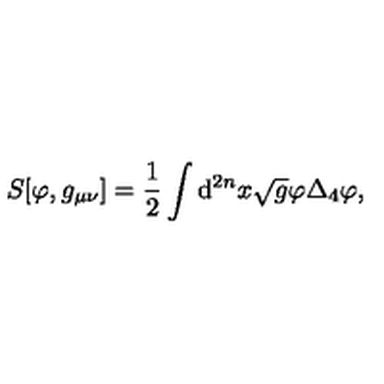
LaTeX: S [ \varphi , g _ { \mu \nu } ] = \frac { 1 } { 2 } \int \mathrm { d } ^ { 2 n } x \sqrt { g } \varphi \Delta _ { 4 } \varphi ,